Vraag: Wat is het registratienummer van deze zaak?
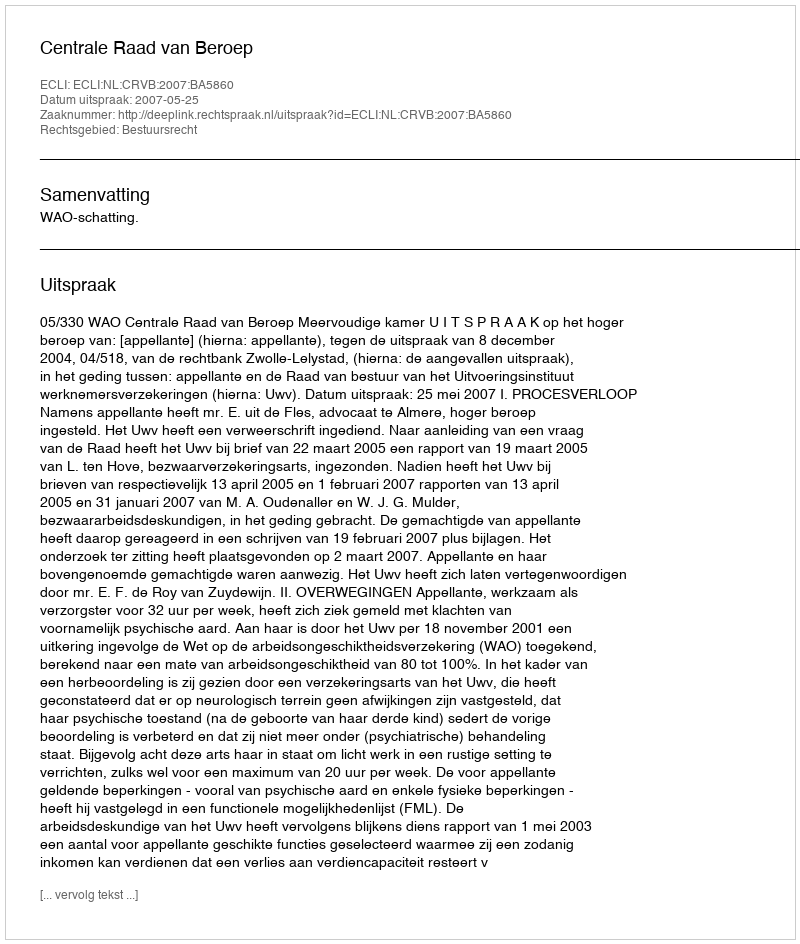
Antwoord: http://deeplink.rechtspraak.nl/uitspraak?id=ECLI:NL:CRVB:2007:BA5860